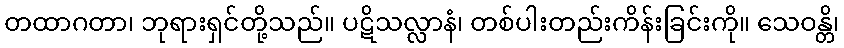
တထာဂတာ၊ ဘုရားရှင်တို့သည်။ ပဋိသလ္လာနံ၊ တစ်ပါးတည်းကိန်းခြင်းကို။ သေဝန္တိ၊